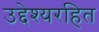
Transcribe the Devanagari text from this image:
उद्देश्यरहित